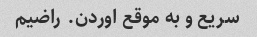
سریع و به موقع اوردن. راضیم